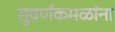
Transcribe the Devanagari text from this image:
सुवर्णकमळांना